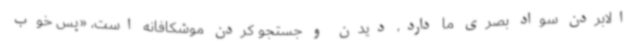
الابردن سواد بصری ما دارد، دیدن و جستجو کردن موشکافانه است، «پس خوب